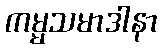
ကမ္မသမာဒါနာ